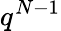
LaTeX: q^{N-1}